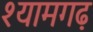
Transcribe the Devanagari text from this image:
श्यामगढ़